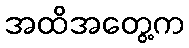
အထိအတွေ့က